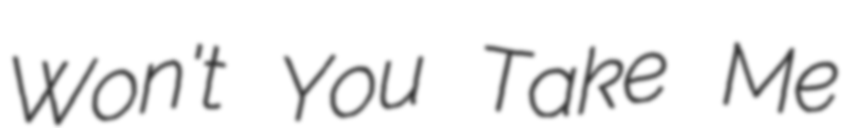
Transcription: Won't You Take Me